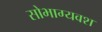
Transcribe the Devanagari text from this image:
सोभाग्यवश